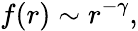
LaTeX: f(r)\sim r^{-\gamma},